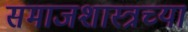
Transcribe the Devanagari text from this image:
समाजशास्त्रच्या